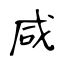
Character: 咸